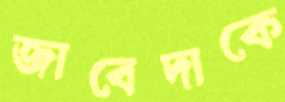
জাবেদাকে